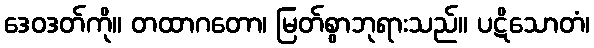
ဒေဝဒတ်ကို။ တထာဂတော၊ မြတ်စွာဘုရားသည်။ ပဋိသောတံ၊